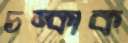
চম্‌কাক